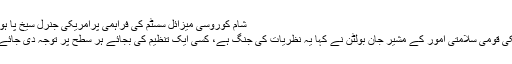
شام کوروسی میزائل سسٹم کی فراہمی پرامریکی جنرل سیخ پا ہوگئے
امریکی قومی سلامتی امور کے مشیر جان بولٹن نے کہا یہ نظریات کی جنگ ہے، کسی ایک تنظیم کی بجائے ہر سطح پر توجہ دی جائے گی۔